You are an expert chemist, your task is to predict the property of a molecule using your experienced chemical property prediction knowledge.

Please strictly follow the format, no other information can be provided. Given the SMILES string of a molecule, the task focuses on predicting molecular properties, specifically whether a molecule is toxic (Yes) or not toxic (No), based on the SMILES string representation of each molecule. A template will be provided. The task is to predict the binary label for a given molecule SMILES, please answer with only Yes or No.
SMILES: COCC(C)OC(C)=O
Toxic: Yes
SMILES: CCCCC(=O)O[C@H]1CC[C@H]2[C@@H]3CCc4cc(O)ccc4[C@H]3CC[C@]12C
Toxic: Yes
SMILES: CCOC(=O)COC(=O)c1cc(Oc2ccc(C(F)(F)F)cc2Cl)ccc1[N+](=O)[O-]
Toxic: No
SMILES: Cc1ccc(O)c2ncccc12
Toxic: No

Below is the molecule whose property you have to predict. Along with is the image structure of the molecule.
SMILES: O=C(O)c1ccccc1Nc1cccc(C(F)(F)F)c1
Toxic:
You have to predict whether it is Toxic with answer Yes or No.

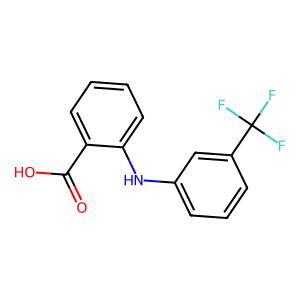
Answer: No